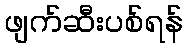
ဖျက်ဆီးပစ်ရန်